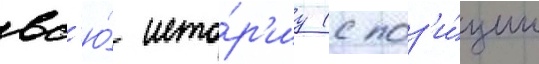
вс'ю́ исто́р'иу (с поз'и́ции